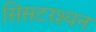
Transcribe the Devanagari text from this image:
सिसटरश्यन